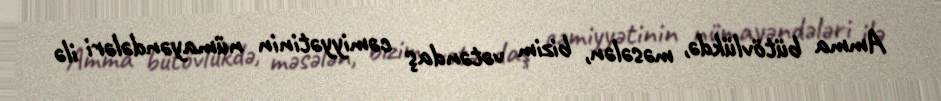
Amma bütövlükdə, məsələn, bizim vətəndaş cəmiyyətinin nümayəndələri ilə